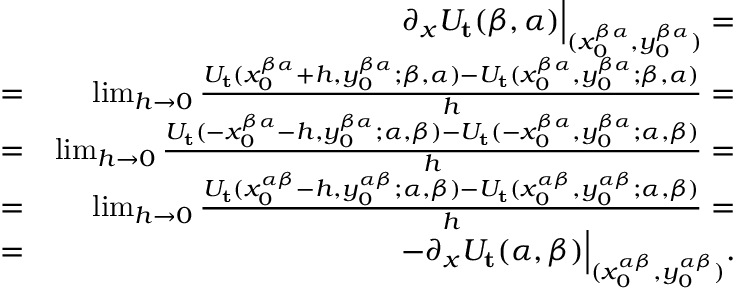
\begin{array} { r l r } & { } & { \partial _ { x } U _ { \mathbf { t } } ( \beta , \alpha ) \Bigr | _ { ( x _ { 0 } ^ { \beta \alpha } , y _ { 0 } ^ { \beta \alpha } ) } = } \\ & { = } & { \operatorname* { l i m } _ { h \rightarrow 0 } \frac { U _ { \mathbf { t } } ( x _ { 0 } ^ { \beta \alpha } + h , y _ { 0 } ^ { \beta \alpha } ; \beta , \alpha ) - U _ { \mathbf { t } } ( x _ { 0 } ^ { \beta \alpha } , y _ { 0 } ^ { \beta \alpha } ; \beta , \alpha ) } { h } = } \\ & { = } & { \operatorname* { l i m } _ { h \rightarrow 0 } \frac { U _ { \mathbf { t } } ( - x _ { 0 } ^ { \beta \alpha } - h , y _ { 0 } ^ { \beta \alpha } ; \alpha , \beta ) - U _ { \mathbf { t } } ( - x _ { 0 } ^ { \beta \alpha } , y _ { 0 } ^ { \beta \alpha } ; \alpha , \beta ) } { h } = } \\ & { = } & { \operatorname* { l i m } _ { h \rightarrow 0 } \frac { U _ { \mathbf { t } } ( x _ { 0 } ^ { \alpha \beta } - h , y _ { 0 } ^ { \alpha \beta } ; \alpha , \beta ) - U _ { \mathbf { t } } ( x _ { 0 } ^ { \alpha \beta } , y _ { 0 } ^ { \alpha \beta } ; \alpha , \beta ) } { h } = } \\ & { = } & { - \partial _ { x } U _ { \mathbf { t } } ( \alpha , \beta ) \Bigr | _ { ( x _ { 0 } ^ { \alpha \beta } , y _ { 0 } ^ { \alpha \beta } ) } . } \end{array}